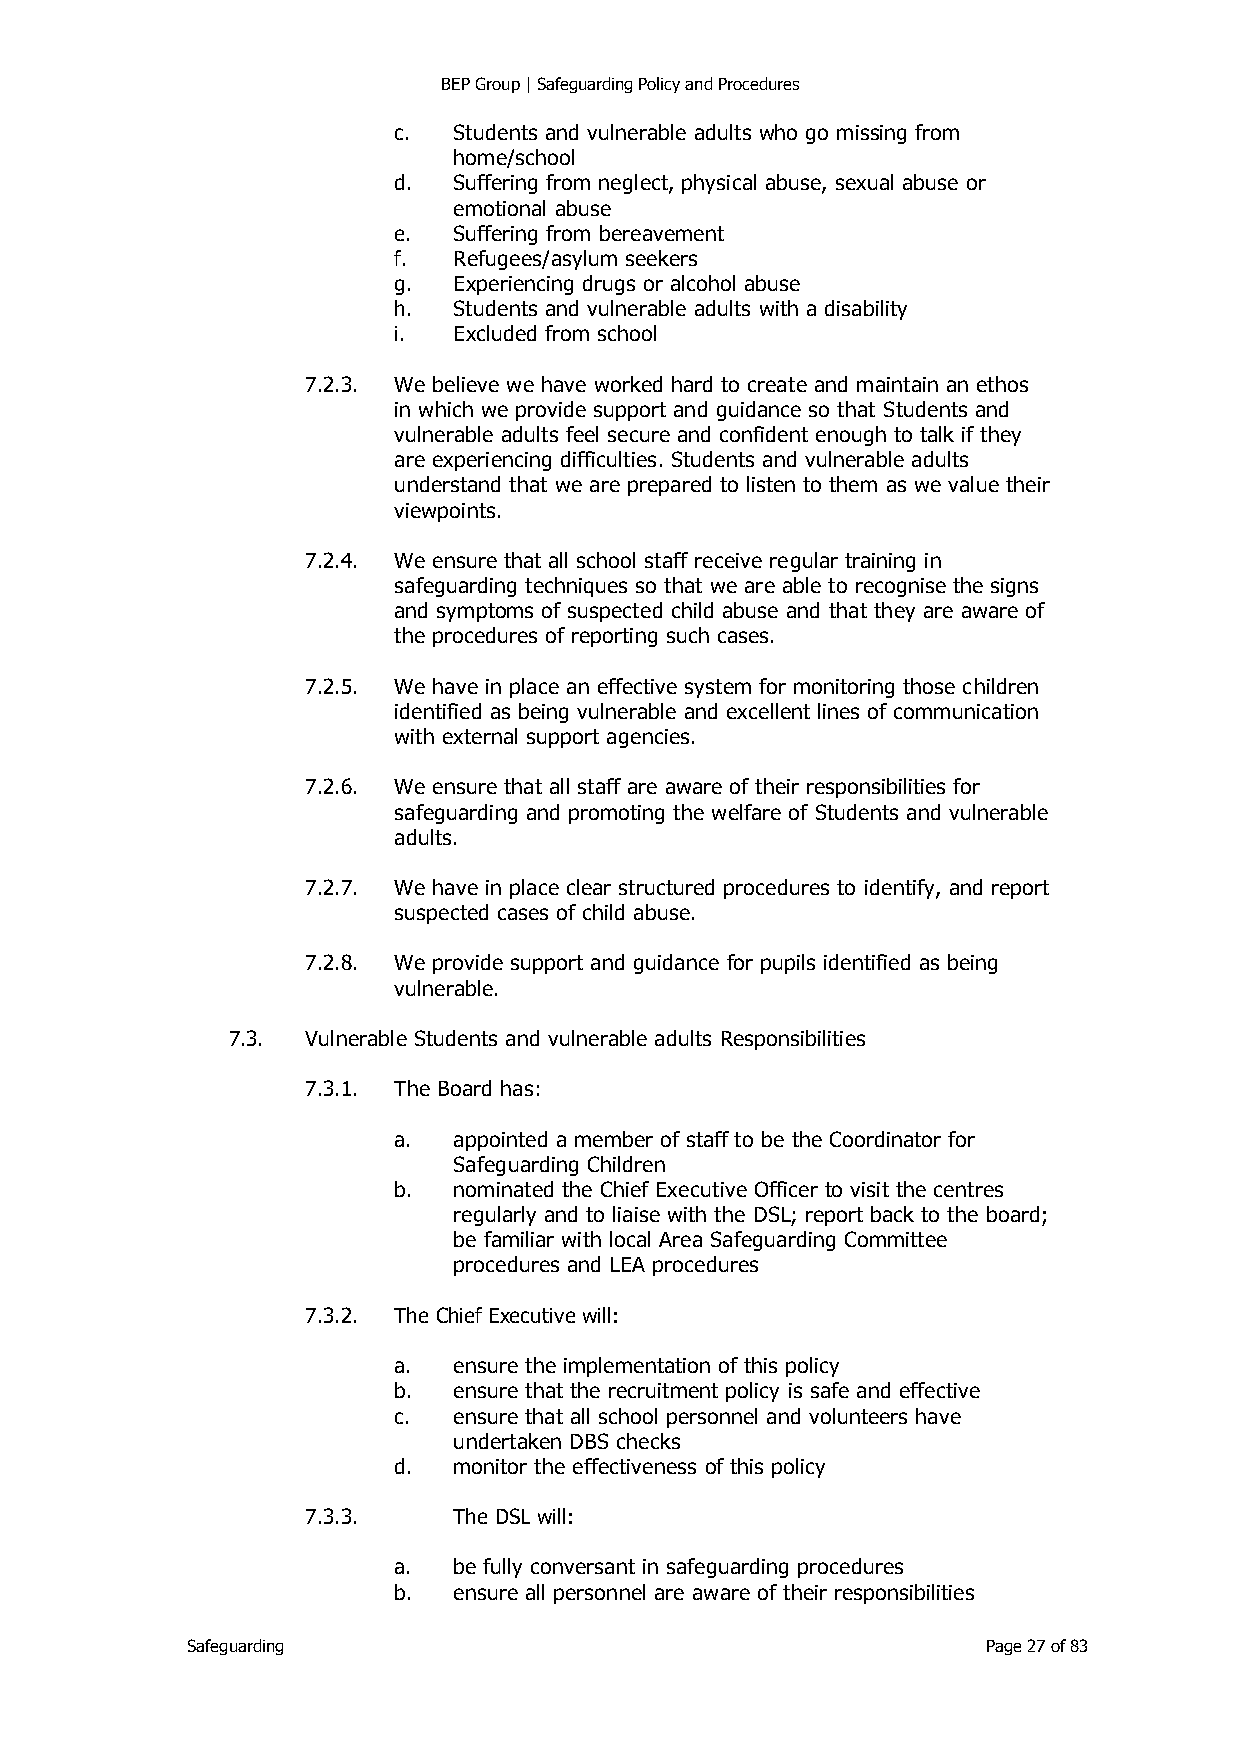
BEP Group | Safeguarding Policy and Procedures
 c.  Students and vulnerable adults who go missing from
 home/school
 d.  Suffering from neglect, physical abuse, sexual abuse or
 emotional abuse
 e.  Suffering from bereavement
 f.  Refugees/asylum seekers
 g.  Experiencing drugs or alcohol abuse
 h.  Students and vulnerable adults with a disability
 i.  Excluded from school
 7.2.3. We believe we have worked hard to create and maintain an ethos
 in which we provide support and guidance so that Students and
 vulnerable adults feel secure and confident enough to talk if they
 are experiencing difficulties. Students and vulnerable adults
 understand that we are prepared to listen to them as we value their
 viewpoints.
 7.2.4. We ensure that all school staff receive regular training in
 safeguarding techniques so that we are able to recognise the signs
 and symptoms of suspected child abuse and that they are aware of
 the procedures of reporting such cases.
 7.2.5. We have in place an effective system for monitoring those children
 identified as being vulnerable and excellent lines of communication
 with external support agencies.
 7.2.6. We ensure that all staff are aware of their responsibilities for
 safeguarding and promoting the welfare of Students and vulnerable
 adults.
 7.2.7. We have in place clear structured procedures to identify, and report
 suspected cases of child abuse.
 7.2.8. We provide support and guidance for pupils identified as being
 vulnerable.
 7.3. Vulnerable Students and vulnerable adults Responsibilities
 7.3.1. The Board has:
 a.  appointed a member of staff to be the Coordinator for
 Safeguarding Children
 b.  nominated the Chief Executive Officer to visit the centres
 regularly and to liaise with the DSL; report back to the board;
 be familiar with local Area Safeguarding Committee
 procedures and LEA procedures
 7.3.2. The Chief Executive will:
 a.  ensure the implementation of this policy
 b.  ensure that the recruitment policy is safe and effective
 c.  ensure that all school personnel and volunteers have
 undertaken DBS checks
 d.  monitor the effectiveness of this policy
 7.3.3.    The DSL will:
 a.  be fully conversant in safeguarding procedures
 b.  ensure all personnel are aware of their responsibilities
 Safeguarding                                         Page 27 of 83